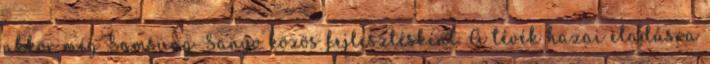
akkor még Samsung-Sanyo közös fejlesztésként. A tévék hazai eladásra